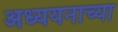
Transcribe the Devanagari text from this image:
अध्ययनाच्या